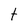
Character: t